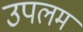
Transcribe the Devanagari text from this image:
उपलम